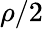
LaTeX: \rho/2